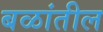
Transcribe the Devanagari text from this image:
बळांतील